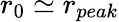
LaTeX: r_{0}\simeq r_{peak}